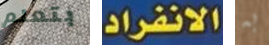
بتعلم الانفراد به